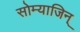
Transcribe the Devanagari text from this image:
सोम्याजिन्